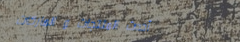
أحدث المنتجات و الماركات